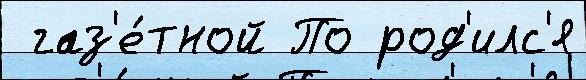
 газ'е́тной По род'илс'я